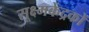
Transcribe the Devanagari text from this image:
सूक्ष्मकेंद्रकों